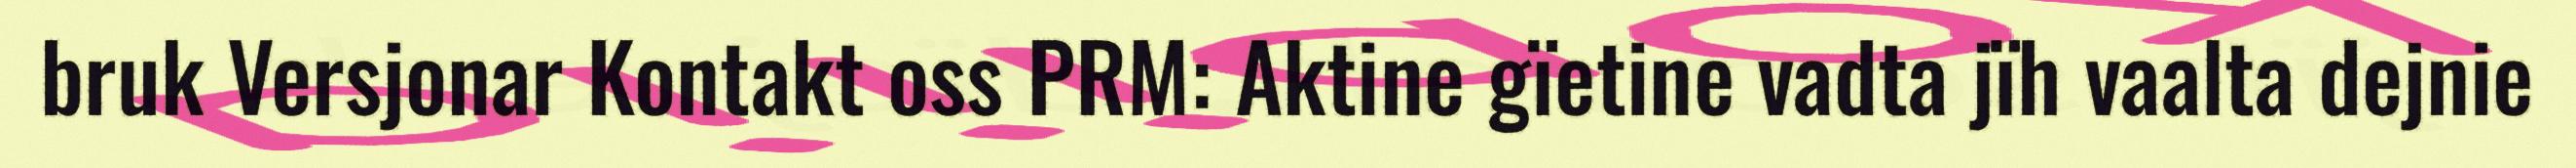
bruk Versjonar Kontakt oss PRM: Aktine gïetine vadta jïh vaalta dejnie